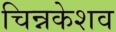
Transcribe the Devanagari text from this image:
चिन्नकेशव